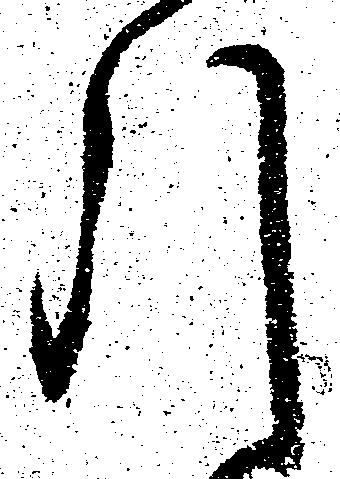
引